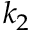
k _ { 2 }